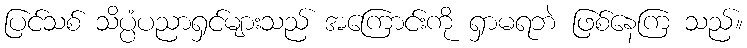
ပြင်သစ် သိပ္ပံပညာရှင်များသည် အကြောင်းကို ရှာမရဘဲ ဖြစ်နေကြ သည်။